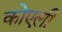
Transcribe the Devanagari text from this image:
कोएली